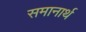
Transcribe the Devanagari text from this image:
समानार्थ